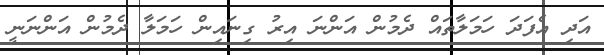
އަދި އެފަދަ ހަމަލާތައް ދެމުން އަންނަ އިރު ގިނައިން ހަމަލާ ދެމުން އަންނަނީ